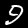
Digit: 9